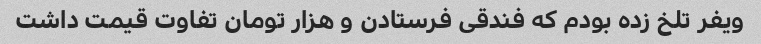
ویفر تلخ زده بودم که فندقی فرستادن و هزار تومان تفاوت قیمت داشت